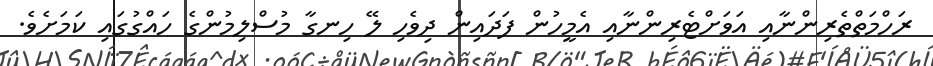
ރަހްމަތްތެރިންނާއި އަވަށްޓެރިންނާއި އެމީހުން ފަދައިން ދިވެހި ލޭ ހިނގާ މުސްލިމުންގެ ހައްގުގައި ކަމަަަށެވެ.